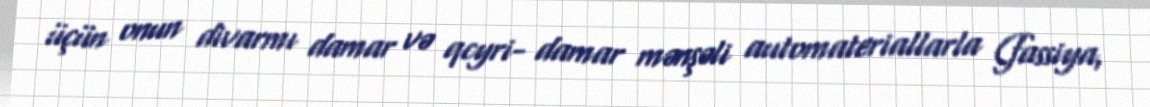
üçün onun divarmı damar və qcyri- damar mənşəli automateriallarla (fassiya,